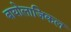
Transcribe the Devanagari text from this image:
बायोलाजिकल